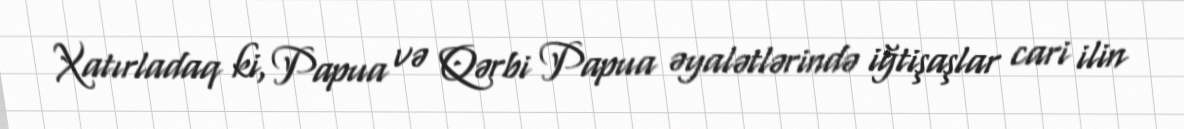
Xatırladaq ki, Papua və Qərbi Papua əyalətlərində iğtişaşlar cari ilin